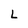
Character: L